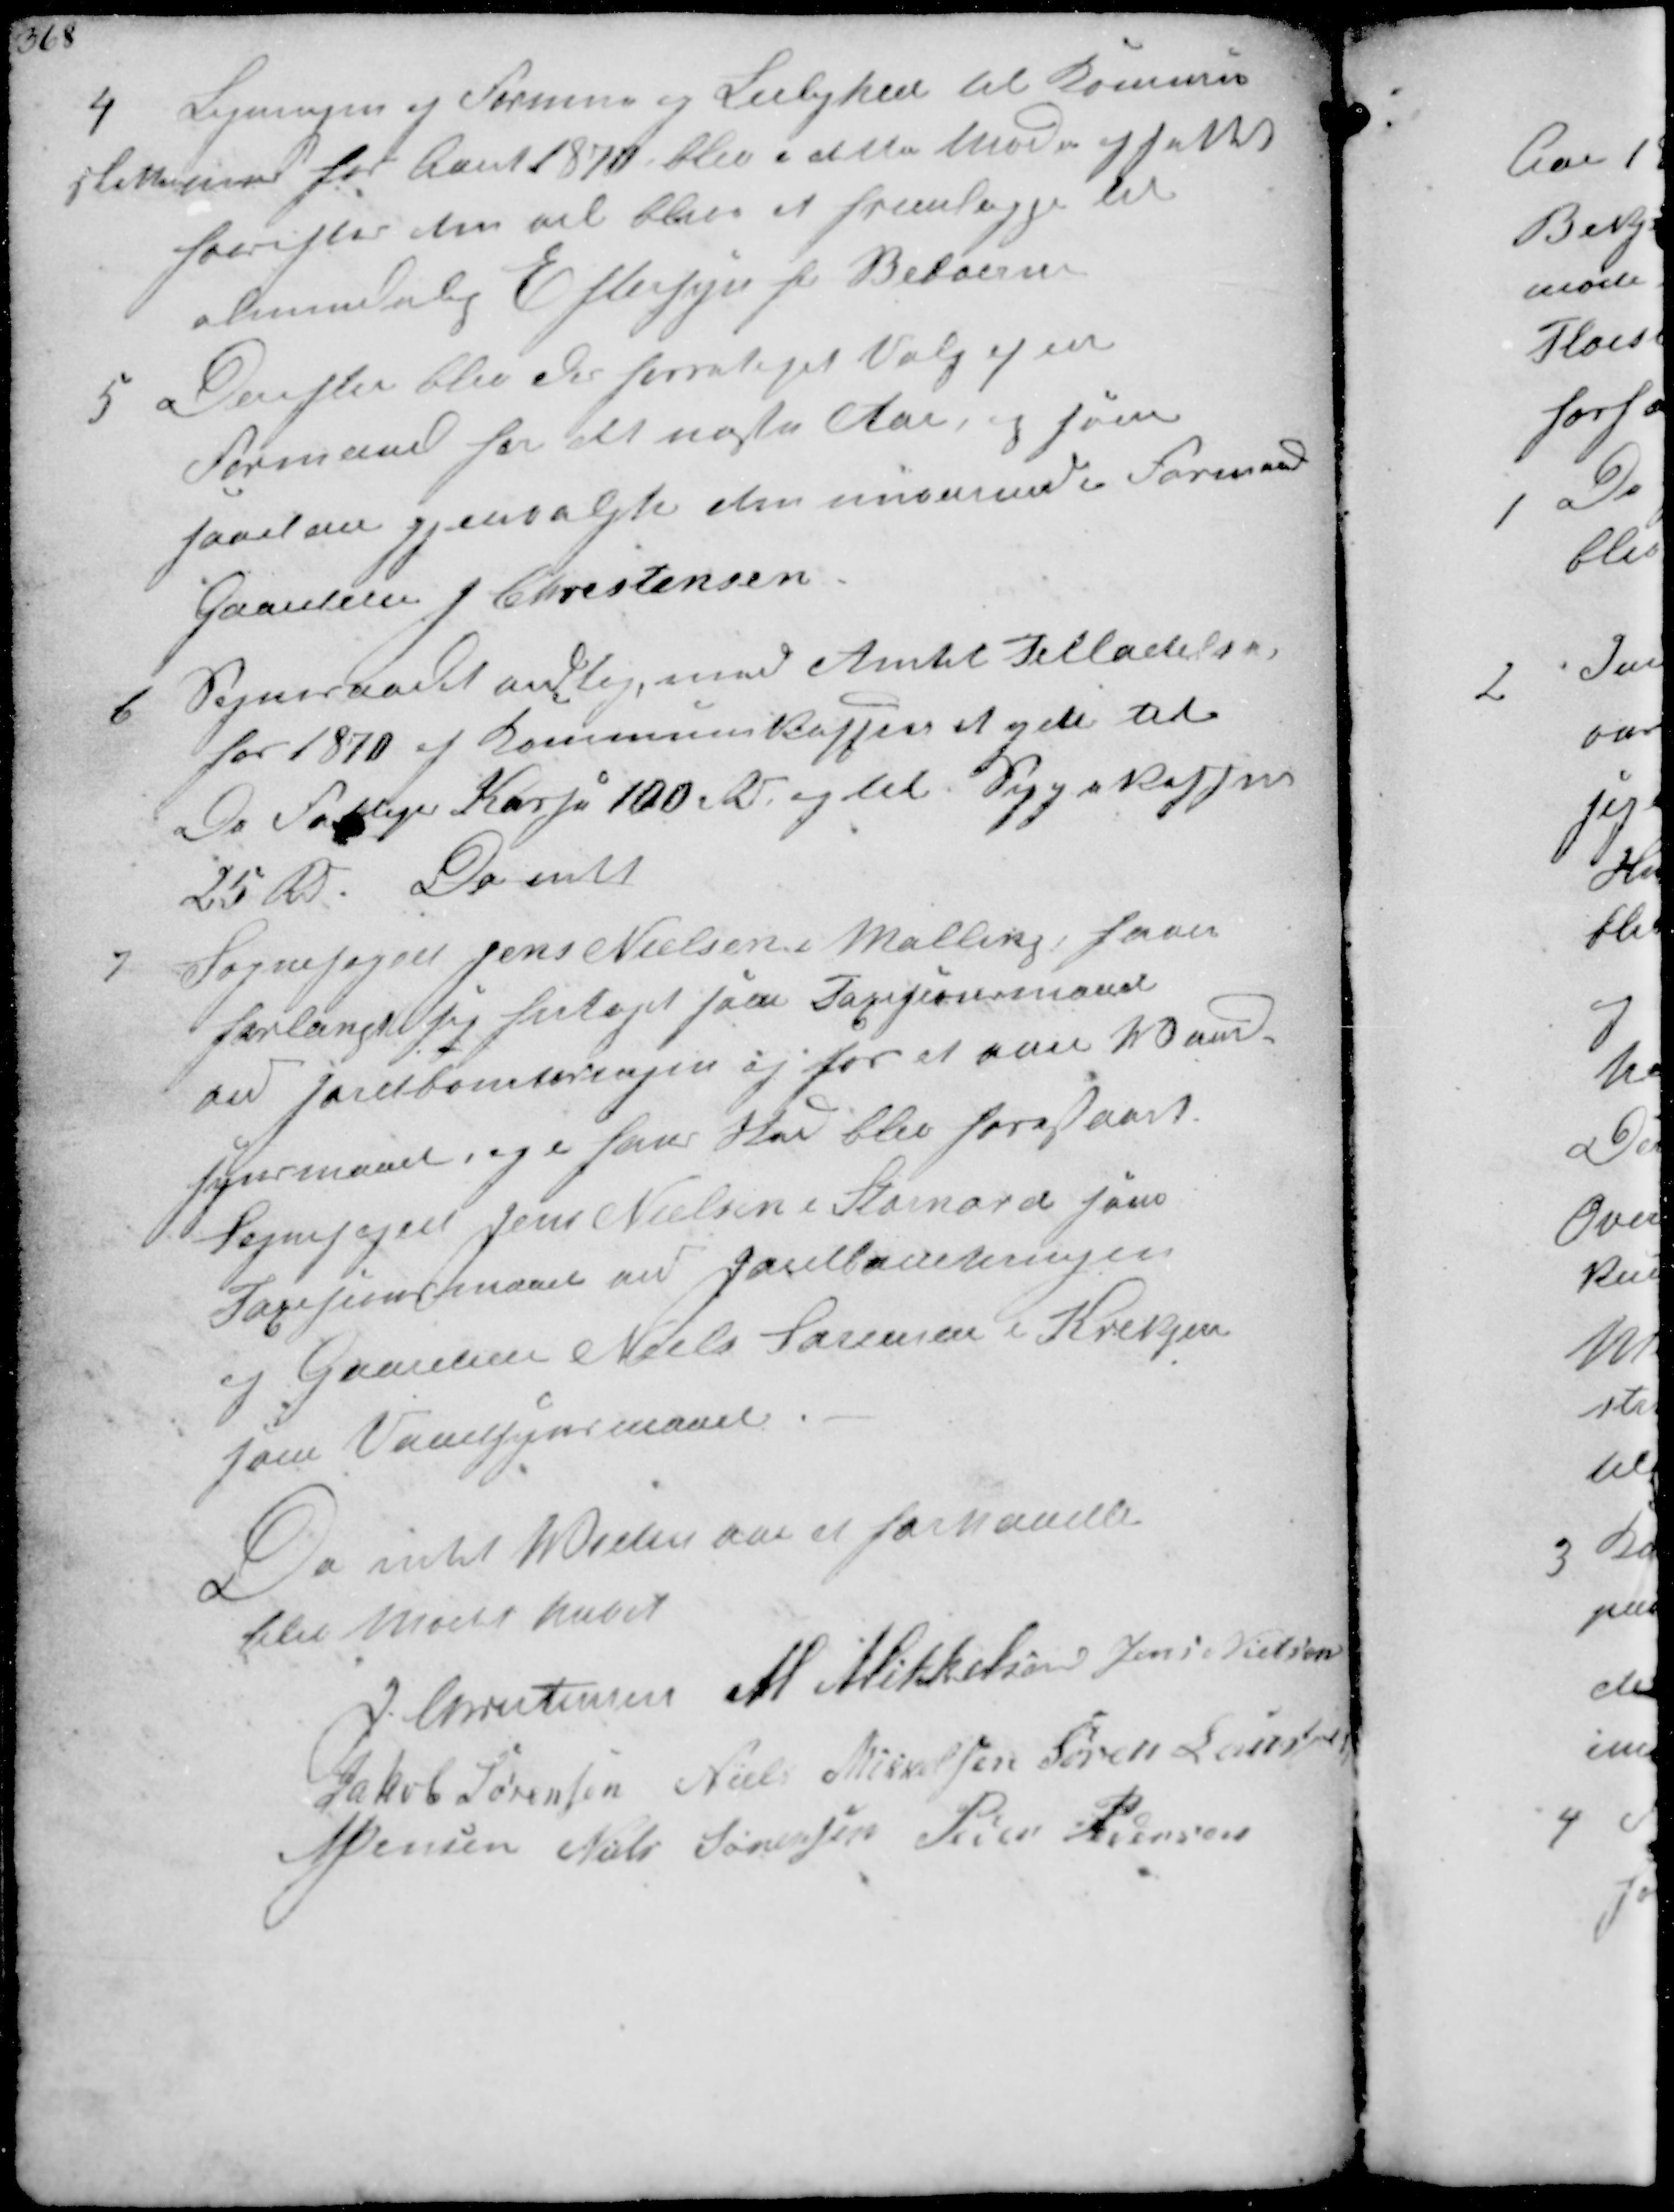
Transskription:
4
Ligningen af Formue og Lejlighed til Kommune-
skatterne for Aaret 1870 blev i dette Møde affattet
hvorefter den vil blive at fremlægge til
almindelig Eftersyn for Beboerne

5
Derefter blev der foretaget Valg af en
Formand for det næste Aar, og som
saadan gjenvalgtes den nuværende Formand
Gaardejer J Christensen

6
Sogneraadet vedtog, med Amtet Tilladelse
for 1870 af Kommunekassen et yde til
De Fattiges Kasse 100 Rd og til Sygekassen
25 Rd. Da intet

7
Sognefoget Jens Nielsen i Malling, haver
forlangt sig fritaget som Taxesionsmand
ved Jordboniteringen og for at være Vand-
synsmand, og i hans Sted blev foreslaaet.
Sognefoged Jens Nielsen i Stornord som
Taxesionsmand ved Jordboniteringen
og Gaardejer Niels Sørensen i Krekjer
som Vandsynsmand.
Da intet videre var at forhandle
blev Mødet hævet

J Christensen M. Mikkelsen Jens Nielsen
Jakob Sørensen Niels Mikkelsen Søren Laursen
N Jensen Niels Sørensen Peder Pedersen